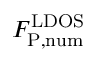
F _ { \mathrm { P , n u m } } ^ { \mathrm { L D O S } }